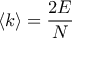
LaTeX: \langle k \rangle = { \frac { 2 E } { N } }